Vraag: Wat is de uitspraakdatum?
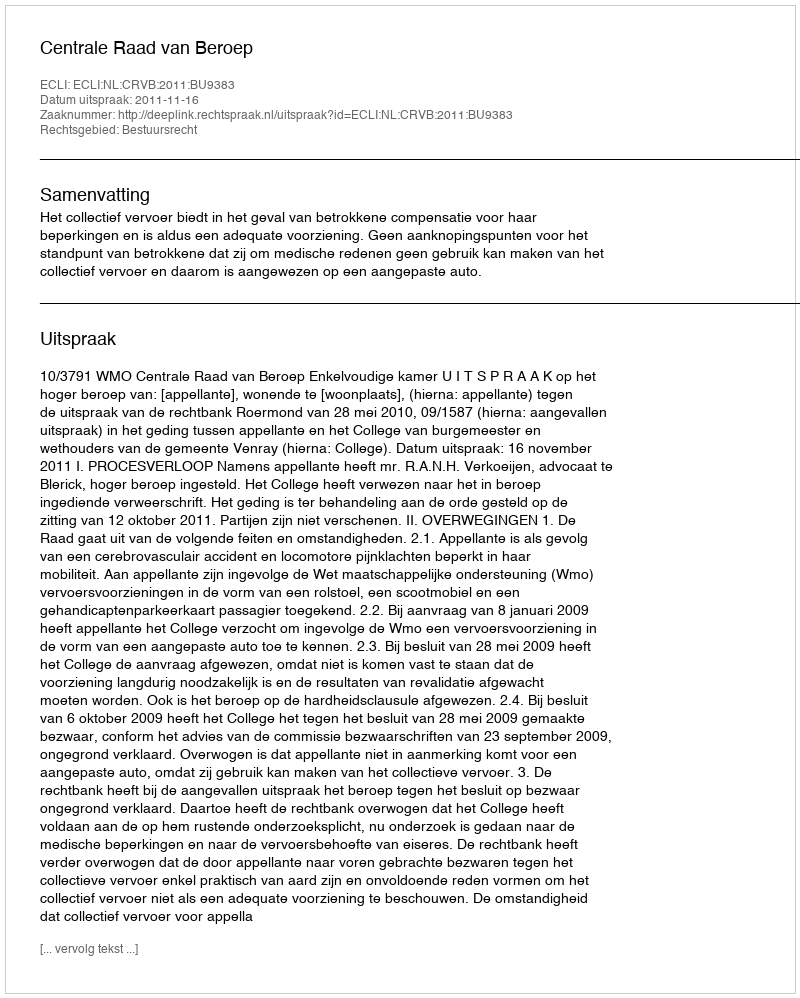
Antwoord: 2011-11-16